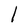
Character: l